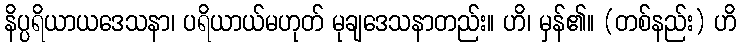
နိပ္ပရိယာယဒေသနာ၊ ပရိယာယ်မဟုတ် မုချဒေသနာတည်း။ ဟိ၊ မှန်၏။ (တစ်နည်း) ဟိ